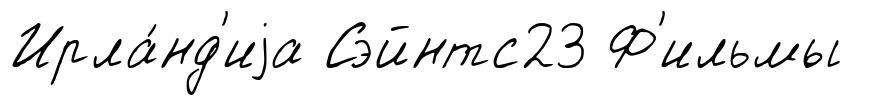
Ирла́нд'иjа Сэйнтс23 Ф'ильмы